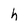
Character: h